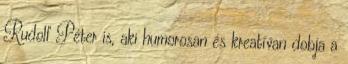
Rudolf Péter is, aki humorosan és kreatívan dobja a